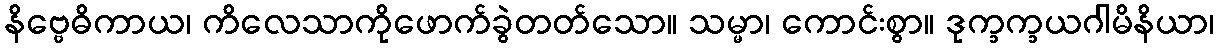
နိဗ္ဗေဓိကာယ၊ ကိလေသာကိုဖောက်ခွဲတတ်သော။ သမ္မာ၊ ကောင်းစွာ။ ဒုက္ခက္ခယဂါမိနိယာ၊